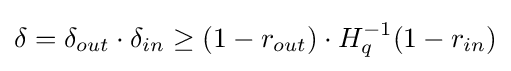
\delta =\delta _{out}\cdot \delta _{in}\geq (1-r_{out})\cdot H_{q}^{-1}(1-r_{in})